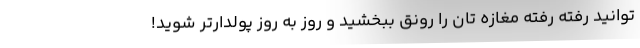
توانید رفته رفته مغازه تان را رونق ببخشید و روز به روز پولدارتر شوید!